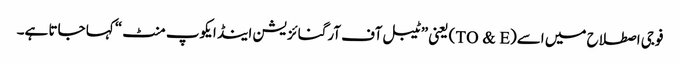
فوجی اصطلاح میں اسے(TO & E) یعنی ”ٹیبل آف آرگنائزیشن اینڈ ایکوپ منٹ“ کہا جاتا ہے۔